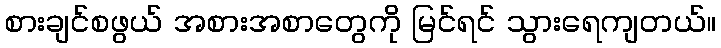
စားချင်စဖွယ် အစားအစာတွေကို မြင်ရင် သွားရေကျတယ်။